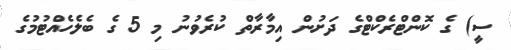
ސީ) ގެ ކޮންޓްރެކްޓްގެ ދަށުން އިމާރާތް ކުރެވުނު މި 5 ގެ ބެލެހެއްޓުމުގެ